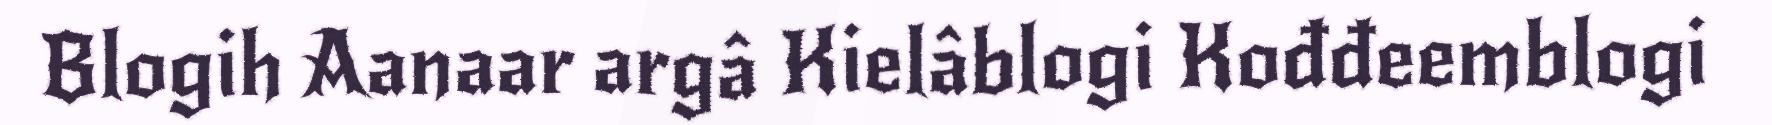
Blogih Aanaar argâ Kielâblogi Kođđeemblogi